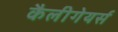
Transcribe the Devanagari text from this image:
कैलीगेयर्स